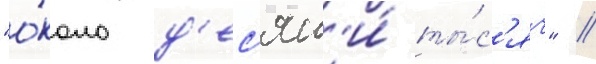
"о́коло д'ес'ят'и́ ты́с'яч" //